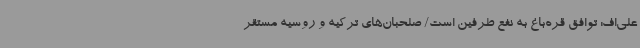
علی‌اف: توافق قره‌باغ به نفع طرفین است/ صلحبان‌های ترکیه و روسیه مستقر